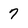
Character: 7